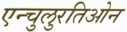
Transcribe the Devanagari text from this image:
एन्चुलुरतिओन